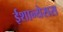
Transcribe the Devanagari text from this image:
ईशान्येसस